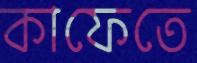
কাফেতে